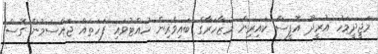
މަޖީދީމަހު އުރީދޫ އޮފީސް ކައިރިން މުޒާހަރާގެ ބައިވެރިން ހުއްޓުވައި ފަހަތައް ޖައްސަމުން ގޮސް